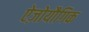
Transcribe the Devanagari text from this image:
ऐज़ोयौगिक